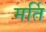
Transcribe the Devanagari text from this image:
मर्ति